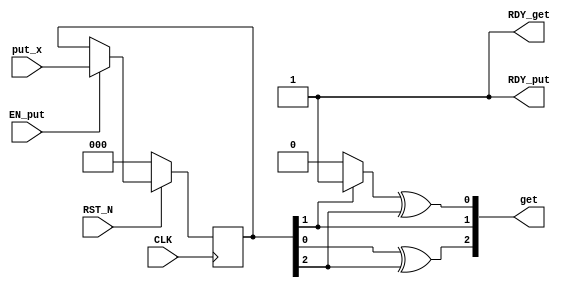
//
// Generated by Bluespec Compiler, version 2014.05.C (build 33930, 2014-05-28)
//
// On Fri May  4 10:07:22 IST 2018
//
//
// Ports:
// Name                         I/O  size props
// get                            O     3
// RDY_get                        O     1 const
// RDY_put                        O     1 const
// CLK                            I     1 clock
// RST_N                          I     1 reset
// put_x                          I     3 reg
// EN_put                         I     1
//
// No combinational paths from inputs to outputs
//
//

`ifdef BSV_ASSIGNMENT_DELAY
`else
  `define BSV_ASSIGNMENT_DELAY
`endif

`ifdef BSV_POSITIVE_RESET
  `define BSV_RESET_VALUE 1'b1
  `define BSV_RESET_EDGE posedge
`else
  `define BSV_RESET_VALUE 1'b0
  `define BSV_RESET_EDGE negedge
`endif

module mkBMVM(CLK,
	      RST_N,

	      get,
	      RDY_get,

	      put_x,
	      EN_put,
	      RDY_put);
  input  CLK;
  input  RST_N;

  // value method get
  output [2 : 0] get;
  output RDY_get;

  // action method put
  input  [2 : 0] put_x;
  input  EN_put;
  output RDY_put;

  // signals for module outputs
  wire [2 : 0] get;
  wire RDY_get, RDY_put;

  // register start_bit
  reg start_bit;
  wire start_bit$D_IN, start_bit$EN;

  // register x_in
  reg [2 : 0] x_in;
  wire [2 : 0] x_in$D_IN;
  wire x_in$EN;

  // remaining internal signals
  wire [2 : 0] IF_x_in_BIT_1_THEN_1_ELSE_0___d3;
  wire x__h2147;

  // value method get
  assign get =
	     { x__h2147 ^ x_in[2],
	       IF_x_in_BIT_1_THEN_1_ELSE_0___d3[1] ^ x_in[1],
	       IF_x_in_BIT_1_THEN_1_ELSE_0___d3[0] ^ x_in[2] } ;
  assign RDY_get = 1'd1 ;

  // action method put
  assign RDY_put = 1'd1 ;

  // register start_bit
  assign start_bit$D_IN = 1'b0 ;
  assign start_bit$EN = 1'b0 ;

  // register x_in
  assign x_in$D_IN = put_x ;
  assign x_in$EN = EN_put ;

  // remaining internal signals
  assign IF_x_in_BIT_1_THEN_1_ELSE_0___d3 = x_in[1] ? 3'd1 : 3'd0 ;
  assign x__h2147 = IF_x_in_BIT_1_THEN_1_ELSE_0___d3[2] ^ x_in[0] ;

  // handling of inlined registers

  always@(posedge CLK)
  begin
    if (RST_N == `BSV_RESET_VALUE)
      begin
        start_bit <= `BSV_ASSIGNMENT_DELAY 1'd0;
	x_in <= `BSV_ASSIGNMENT_DELAY 3'd0;
      end
    else
      begin
        if (start_bit$EN) start_bit <= `BSV_ASSIGNMENT_DELAY start_bit$D_IN;
	if (x_in$EN) x_in <= `BSV_ASSIGNMENT_DELAY x_in$D_IN;
      end
  end

  // synopsys translate_off
  `ifdef BSV_NO_INITIAL_BLOCKS
  `else // not BSV_NO_INITIAL_BLOCKS
  initial
  begin
    start_bit = 1'h0;
    x_in = 3'h2;
  end
  `endif // BSV_NO_INITIAL_BLOCKS
  // synopsys translate_on
endmodule  // mkBMVM